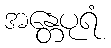
အန္တေပုရံ